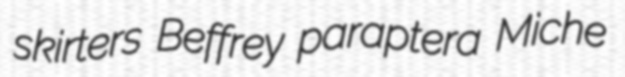
skirters Beffrey paraptera Miche